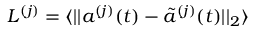
L ^ { ( j ) } = \langle | | a ^ { ( j ) } ( t ) - \tilde { a } ^ { ( j ) } ( t ) | | _ { 2 } \rangle